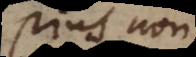
pius non